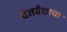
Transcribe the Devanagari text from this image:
दंतवैद्याचा